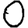
Digit: 0